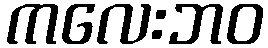
ကလေးဘဝ